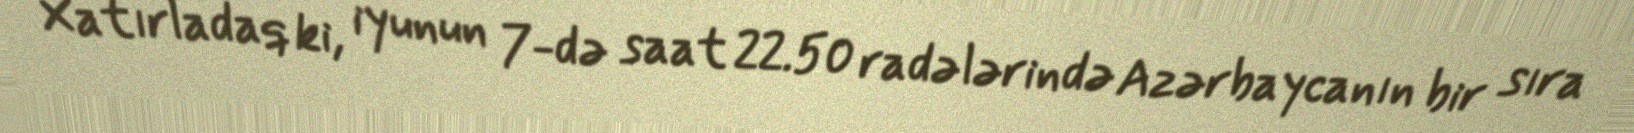
Xatırladaq ki, iyunun 7-də saat 22.50 radələrində Azərbaycanın bir sıra